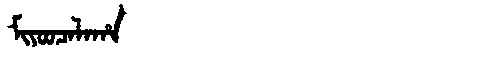
Manchu: ᠮᡳᠶᠣᠣᠴᠠᠯᠠᡥᠠ
Romanization: MIYOOCALAHA